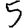
Digit: 5